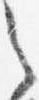
之